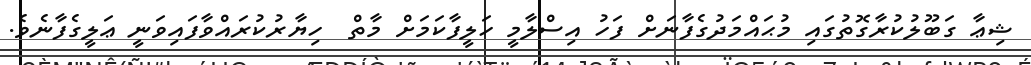
ޝިޢާ ގަބޫލުކުރާގޮތުގައި މުޙައްމަދުގެފާނަށް ފަހު އިސްލާމީ ހަލީފާކަމަށް މާތް  ހިޔާރުކުރައްވާފައިވަނީ ޢަލީގެފާނެވެ.